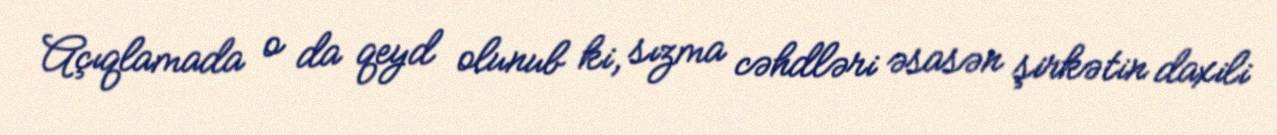
Açıqlamada o da qeyd olunub ki, sızma cəhdləri əsasən şirkətin daxili